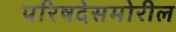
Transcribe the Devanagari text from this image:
परिषदेसमोरील